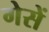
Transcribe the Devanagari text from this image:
गेसें